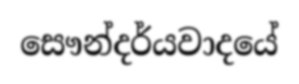
සෞන්දර්යවාදයේ